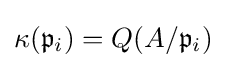
\kappa ({\mathfrak {p}}_{i})=Q(A/{\mathfrak {p}}_{i})